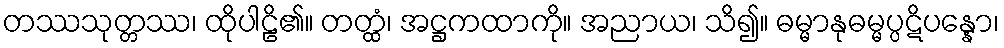
တဿသုတ္တဿ၊ ထိုပါဠိ၏။ တတ္ထံ၊ အဋ္ဌကထာကို။ အညာယ၊ သိ၍။ ဓမ္မာနုဓမ္မပ္ပဋိပန္နော၊